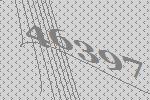
46397